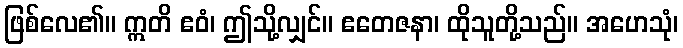
ဖြစ်လေ၏။ ဣတိ ဧဝံ၊ ဤသို့လျှင်။ ဧတေဇနာ၊ ထိုသူတို့သည်။ အဟေသုံ၊